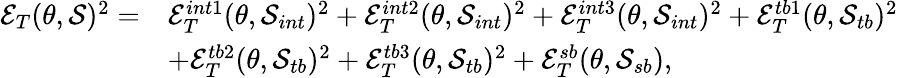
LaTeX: \begin{array}{rl}{\mathcal{E}_{T}(\theta,\mathcal{S})^{2}=}&{\mathcal{E}_{T}^{int1}(\theta,\mathcal{S}_{int})^{2}+\mathcal{E}_{T}^{int2}(\theta,\mathcal{S}_{int})^{2}+\mathcal{E}_{T}^{int3}(\theta,\mathcal{S}_{int})^{2}+\mathcal{E}_{T}^{tb1}(\theta,\mathcal{S}_{tb})^{2}}\\ &{+\mathcal{E}_{T}^{tb2}(\theta,\mathcal{S}_{tb})^{2}+\mathcal{E}_{T}^{tb3}(\theta,\mathcal{S}_{tb})^{2}+\mathcal{E}_{T}^{sb}(\theta,\mathcal{S}_{sb}),}\end{array}